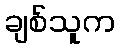
ချစ်သူက